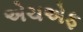
એચએફ